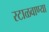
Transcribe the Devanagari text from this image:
रटाळवाण्या